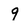
Character: 9